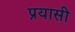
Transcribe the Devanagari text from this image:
प्रयासी